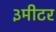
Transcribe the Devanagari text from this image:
३मीटर